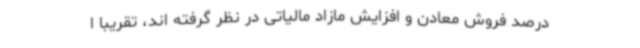
درصد فروش معادن و افزایش مازاد مالیاتی در نظر گرفته اند، تقریبا ا